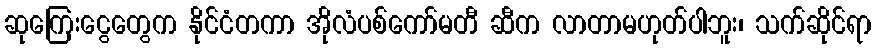
ဆုကြေးငွေတွေက နိုင်ငံတကာ အိုလံပစ်ကော်မတီ ဆီက လာတာမဟုတ်ပါဘူး၊ သက်ဆိုင်ရာ